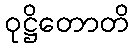
ဝုဋ္ဌိတောတိ